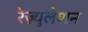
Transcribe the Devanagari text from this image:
रेज़्युलेशन